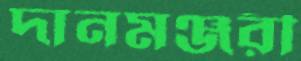
দানমঞ্জরী